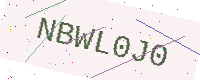
Text: NBWL0J0